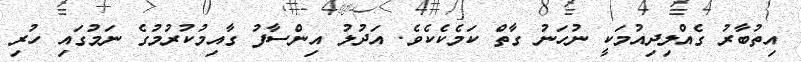
އިތުބާރު ގެއްލިދިއުމަކީ ނުހަނު ގާތް ކަމެކެކެވެ. އަދުލު އިންސާފު ގާއިމުކުރުމުގެ ނަމުގައި ހުރި